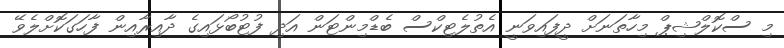
މި ސްކޮލްޝިޕް މިހާތަނަށް ދީފައިވަނީ އެތުލެޓިކްސް ބެޑްމިންޓަން އަދި ފުޓުބޯޅައިގެ ދާއިރާއިން ފާހަގަކޮށްލެވޭ